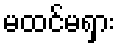
မထင်မရှား